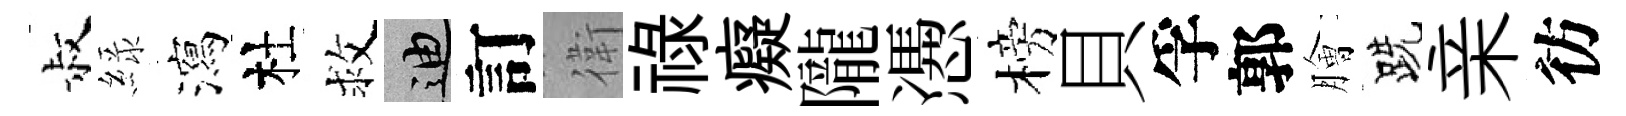
叔緑瀉杜救迪訂衛禄癡隴慿榜貝孚郭膾跣亲彷